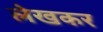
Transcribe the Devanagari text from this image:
लेखकर